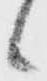
候